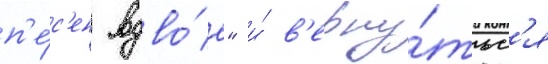
п'е́с'ен вдво́е" и́ в'ерну́тьс'я